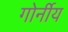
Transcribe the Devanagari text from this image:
गोर्नीय